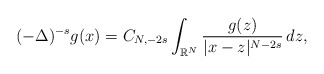
\begin{align*}(-\Delta)^{-s} g(x)= C_{N,-2s }\int_{\mathbb{R}^N}\frac{g(z)}{|x-z|^{N-{2s} }}\,dz, \end{align*}